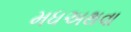
મધઅથવા